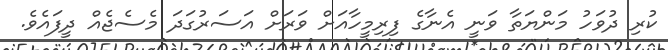
ކުރި ދުވަހު މަންޔަތާ ވަނީ އެނާގެ ފިރިމީހާއަށް ވަރަށް އަސަރުގަދަ މެސެޖެއް ދީފައެވެ.